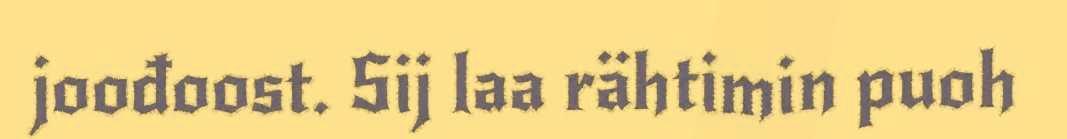
joođoost. Sij laa rähtimin puoh